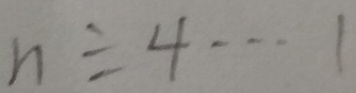
n \div 4 \cdots 1